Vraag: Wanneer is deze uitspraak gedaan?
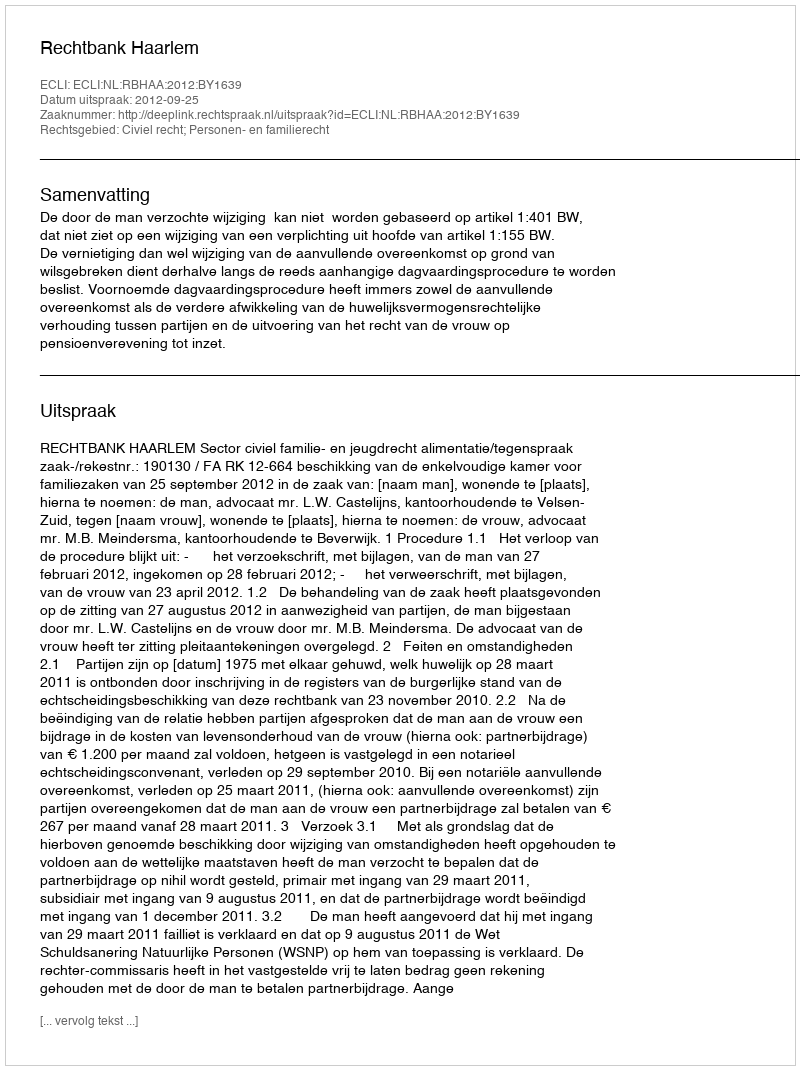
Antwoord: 2012-09-25